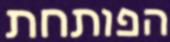
הפותחת